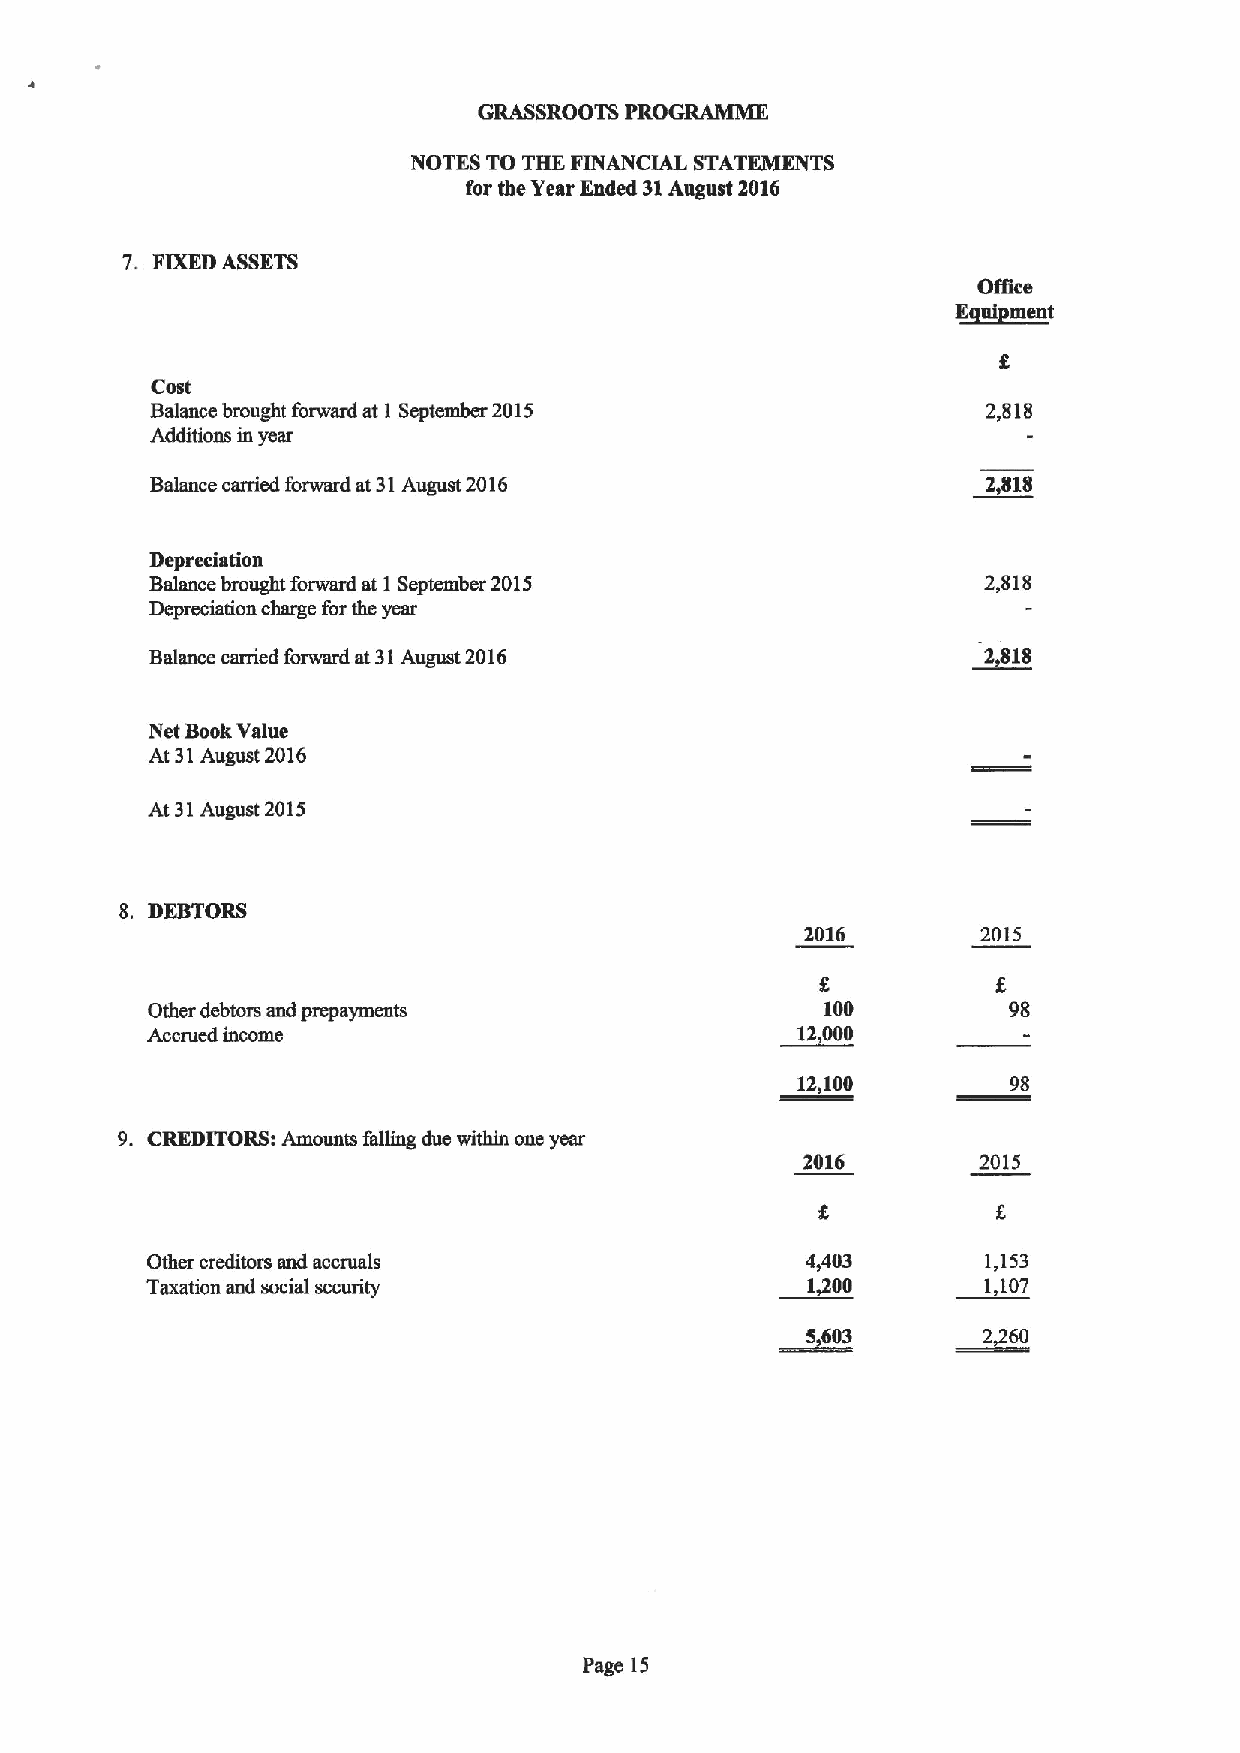
GRASSROOTS PROGRAMME
 NOTES TO THE FINANCIAL STATEMENTS
 for the Year Ended 31August 2016
 7. FIXEDASSETS
 OHtce
 E~ul ment
 Cost
 Balance brought forward at 1 September 2015            2,818
 Additions in year
 Balance carried forward at 31August 2016               2,818
 Depreciation
 Balance brought forwmd at 1September 2015              2,818
 Depreciation charge for the year
 Balance carried forward at31August 2016                2,818
 Net BookValue
 At 31August 2016
 At 31August 2015
 8. DEBTORS
 2016        2015
 Other debtors and prepayments                100         98
 Accrued income                            ~12000
 12,100        98
 9. CREDITORS: Amounts gdling due within one year
 2016        2015
 Other creditors and accruals               4,403       1,153
 Taxation and social security               1400        1,107
 ~5603      ~2260
 Page 15